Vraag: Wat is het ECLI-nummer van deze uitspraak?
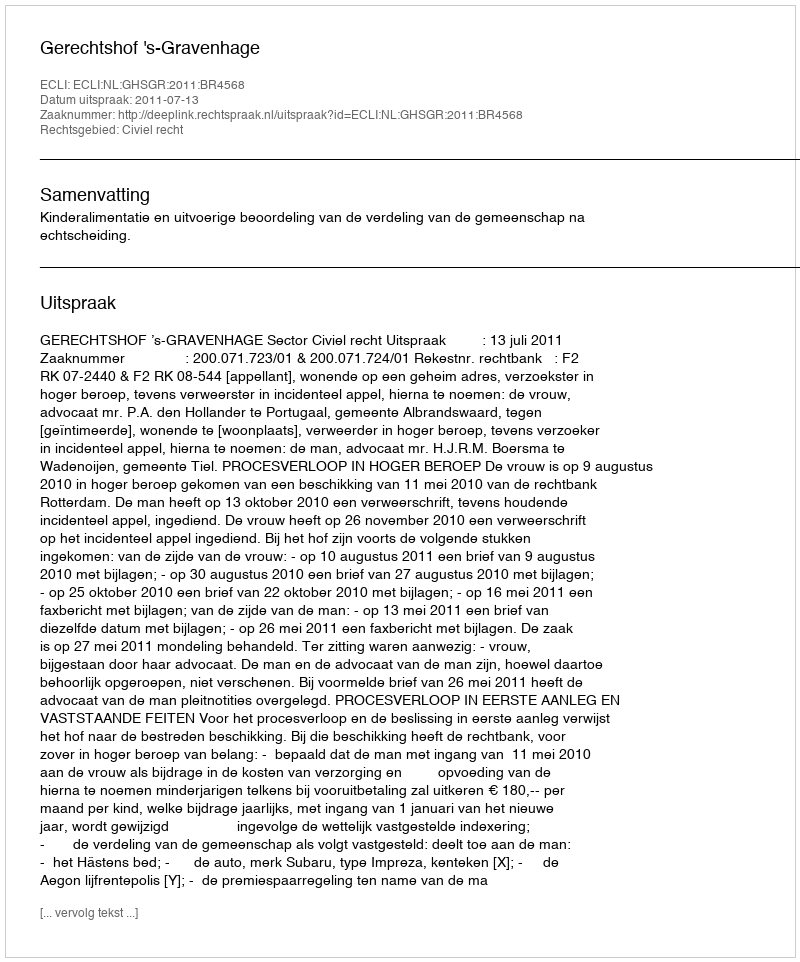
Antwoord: ECLI:NL:GHSGR:2011:BR4568